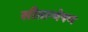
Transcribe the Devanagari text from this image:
सीतान्वेषण